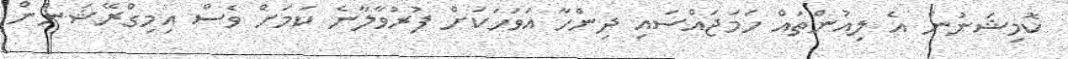
ކޮމިޝަނުން އެ ލިއުންތައް ހަމަޖައްސައި ދިންހާ އަވަހަކަށް ފުރުވާލާނެ ކަމަށް ވެސް އިމިގްރޭޝަނުން